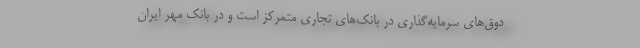
دوق‌های سرمایه‌گذاری در بانک‌های تجاری متمرکز است و در بانک مهر ایران